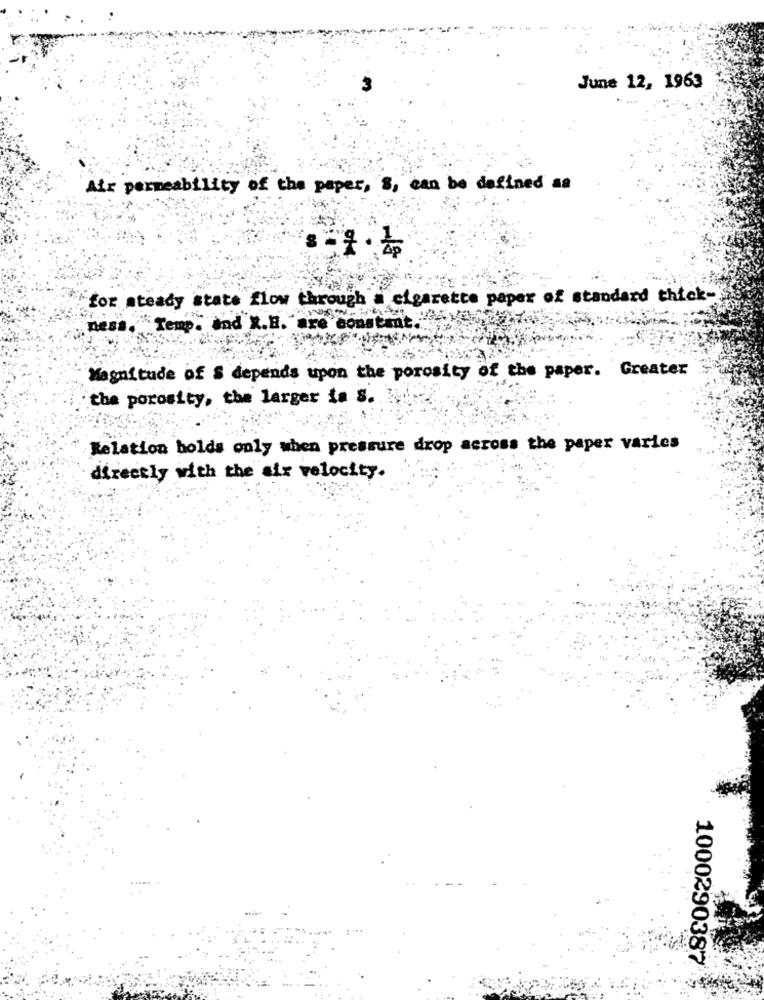
June 12, 1963
Air permeability of the paper, S, can be defined as
for steady state flow through a cigarette paper of standard thick-
ness.
"Temp. in
sind x.B. "are constant.""
Magnitude of $ depends upon the porosity of the paper. Greater
the porosity, the larger ta s.
Relation holds only when pressure drop across the paper varies
directly with the six velocity.
.....
1000290387